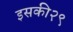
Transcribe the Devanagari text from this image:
इसकी२९